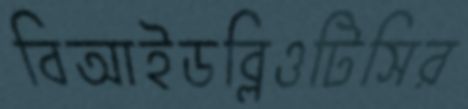
বিআইডব্লিওটিসির